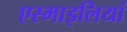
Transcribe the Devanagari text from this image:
एस्माइलियां